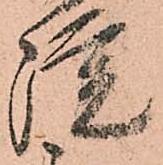
院